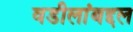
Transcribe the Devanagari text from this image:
वडीलांबद्दल